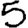
Digit: 5